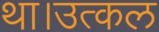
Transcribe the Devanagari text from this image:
था।उत्कल